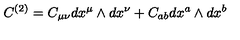
C ^ { ( 2 ) } = C _ { \mu \nu } d x ^ { \mu } \wedge d x ^ { \nu } + C _ { a b } d x ^ { a } \wedge d x ^ { b }